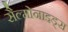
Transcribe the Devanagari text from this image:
सैल्मोनाइड्स